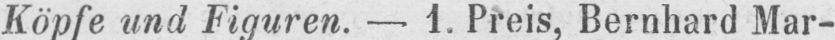
Köpfe und Figuren. - 1. Preis, Bernhard Mar-